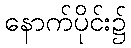
နောက်ပိုင်း၌